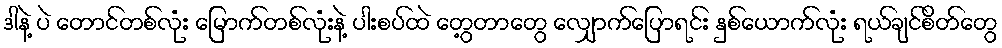
ဒါနဲ့ ပဲ တောင်တစ်လုံး မြောက်တစ်လုံးနဲ့ ပါးစပ်ထဲ တွေ့တာတွေ လျှောက်ပြောရင်း နှစ်ယောက်လုံး ရယ်ချင်စိတ်တွေ